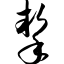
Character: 挚